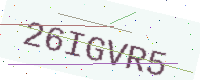
Text: 26IGVR5